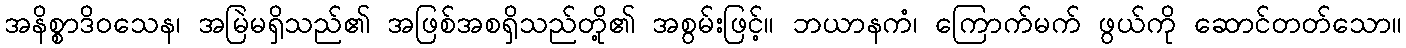
အနိစ္စာဒိဝသေန၊ အမြဲမရှိသည်၏ အဖြစ်အစရှိသည်တို့၏ အစွမ်းဖြင့်။ ဘယာနကံ၊ ကြောက်မက် ဖွယ်ကို ဆောင်တတ်သော။